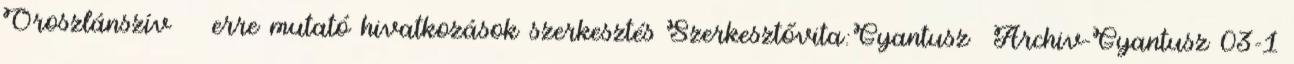
Oroszlánszív ‎ ← erre mutató hivatkozások szerkesztés Szerkesztővita:Gyantusz Archiv-Gyantusz 03-1